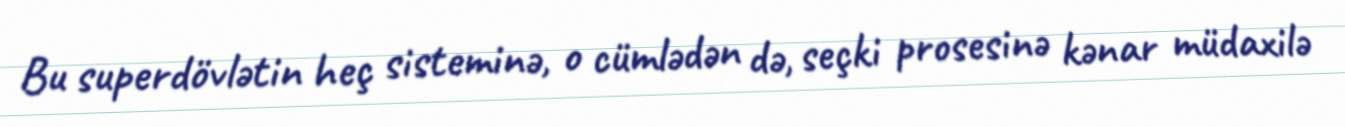
Bu superdövlətin heç sisteminə, o cümlədən də, seçki prosesinə kənar müdaxilə